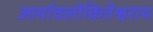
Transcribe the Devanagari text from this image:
आर्यावलोकितेश्वराय